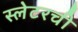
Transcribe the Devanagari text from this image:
स्लेटरची